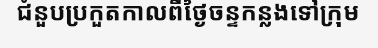
ជំនួបប្រកួតកាលពីថ្ងៃចន្ទកន្លងទៅក្រុម